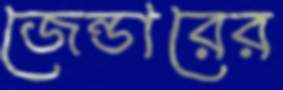
জেন্ডারের